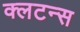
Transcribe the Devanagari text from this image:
क्लटन्स